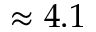
\approx 4 . 1